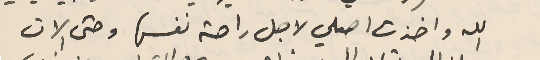
الله واخذت اصلي لاجل راحة نفسها وحتى الان